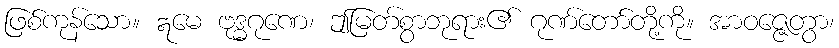
ဖြစ်ကုန်သော။ ဣမေ ဗုဒ္ဓဂုဏေ၊ ဤမြတ်စွာဘုရား၏ ဂုဏ်တော်တို့ကို။ အာဝဇ္ဇေတွာ၊